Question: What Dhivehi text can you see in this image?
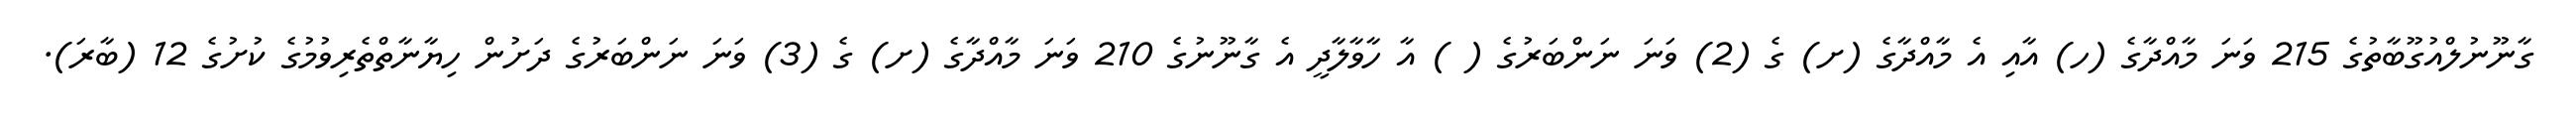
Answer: ގާނޫނުލްއުގޫބާތުގެ 215 ވަނަ މާއްދާގެ (ހ) އާއި އެ މާއްދާގެ (ށ) ގެ (2) ވަނަ ނަންބަރުގެ ( ) އާ ހާވާލާދީ އެ ގާނޫނުގެ 210 ވަނަ މާއްދާގެ (ށ) ގެ (3) ވަނަ ނަންބަރުގެ ދަށުން ހިޔާނާތްތެރިވުމުގެ ކުށުގެ 12 (ބާރަ).